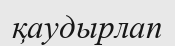
қаудырлап